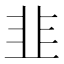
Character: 韭